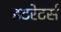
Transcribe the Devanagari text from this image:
इटरेटर्स